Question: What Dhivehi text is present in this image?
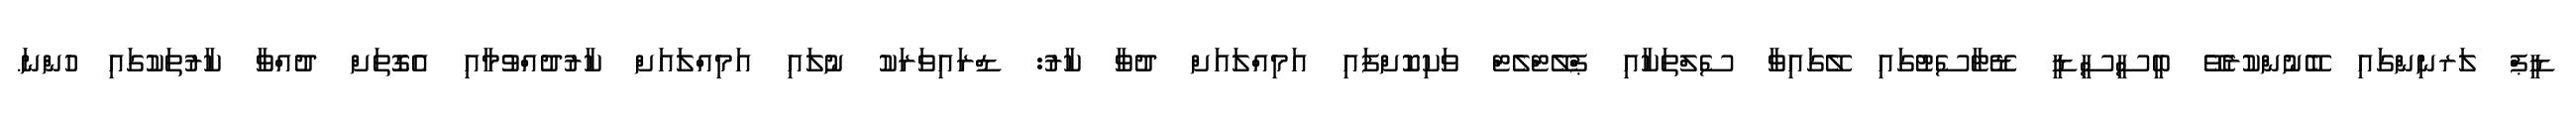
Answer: ޑީޕް ލަރނިންގައި ބޭނުންކުރެވޭ ބީސީސީޑީ ޑޭޓާސެޓުގައި ލޭގައިވާ ސެލްތަކާއި ޕްލޭޓްލެޓް ވަކިކޮށްފައި އަމިއްލައަށް ދުވާ ކާރު: ޑްރައިވަރަކު ނުލައި އަމިއްލައަށް ކާރުދުއްވުމާއި އެގޮތަށް ދުއްވާ ކާރުތަކުގައި ހުންނަ.